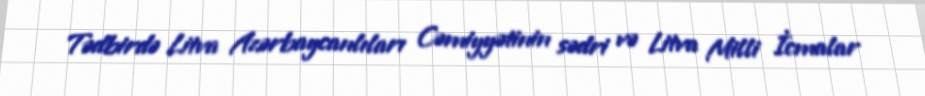
Tədbirdə Litva Azərbaycanlıları Cəmiyyətinin sədri və Litva Milli İcmalar